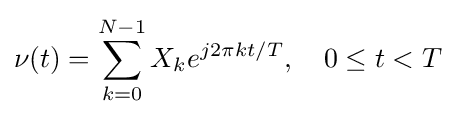
\nu (t)=\sum _{k=0}^{N-1}X_{k}e^{j2\pi kt/T},\quad 0\leq t<T